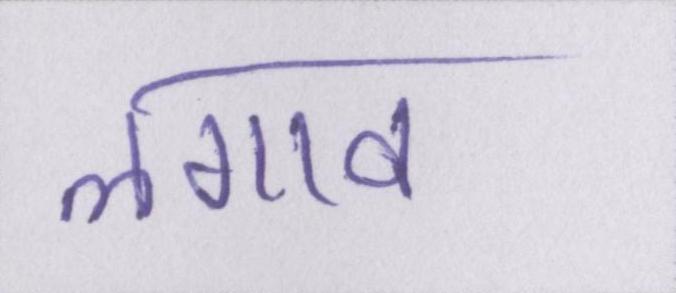
लगाव